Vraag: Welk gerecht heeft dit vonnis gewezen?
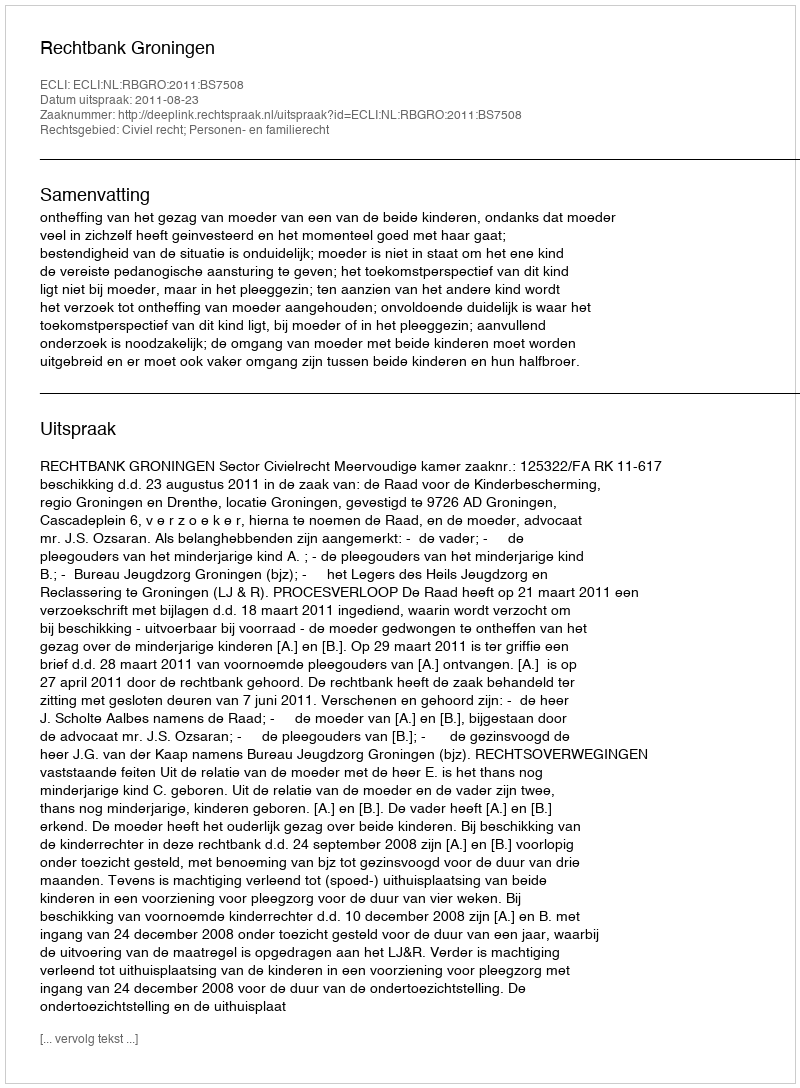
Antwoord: Rechtbank Groningen